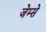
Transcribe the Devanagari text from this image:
जेम्से